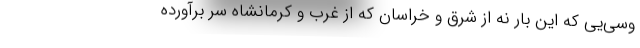
وسی‌یی که این بار نه از شرق و خراسان که از غرب و کرمانشاه سر برآورده